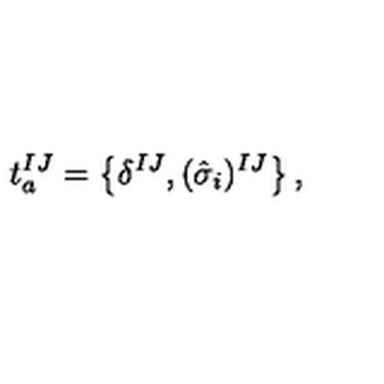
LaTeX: t _ { a } ^ { I J } = \left\{ \delta ^ { I J } , ( \hat { \sigma } _ { i } ) ^ { I J } \right\} ,